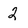
Character: 2